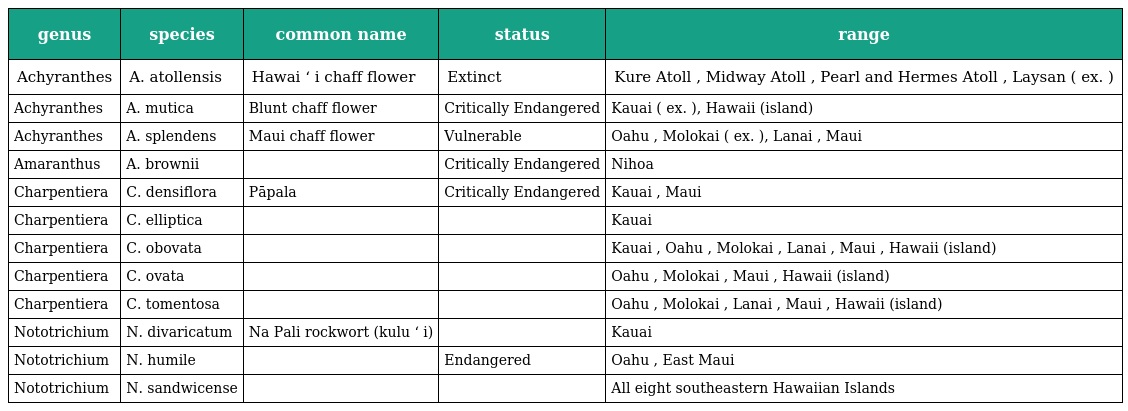
| genus | species | common name | status | range |
 | --- | --- | --- | --- | --- |
 | Achyranthes | A. atollensis | Hawai ʻ i chaff flower | Extinct | Kure Atoll , Midway Atoll , Pearl and Hermes Atoll , Laysan ( ex. ) |
 | Achyranthes | A. mutica | Blunt chaff flower | Critically Endangered | Kauai ( ex. ), Hawaii (island) |
 | Achyranthes | A. splendens | Maui chaff flower | Vulnerable | Oahu , Molokai ( ex. ), Lanai , Maui |
 | Amaranthus | A. brownii |  | Critically Endangered | Nihoa |
 | Charpentiera | C. densiflora | Pāpala | Critically Endangered | Kauai , Maui |
 | Charpentiera | C. elliptica |  |  | Kauai |
 | Charpentiera | C. obovata |  |  | Kauai , Oahu , Molokai , Lanai , Maui , Hawaii (island) |
 | Charpentiera | C. ovata |  |  | Oahu , Molokai , Maui , Hawaii (island) |
 | Charpentiera | C. tomentosa |  |  | Oahu , Molokai , Lanai , Maui , Hawaii (island) |
 | Nototrichium | N. divaricatum | Na Pali rockwort (kulu ʻ i) |  | Kauai |
 | Nototrichium | N. humile |  | Endangered | Oahu , East Maui |
 | Nototrichium | N. sandwicense |  |  | All eight southeastern Hawaiian Islands |